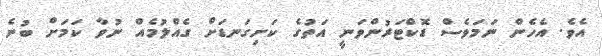
އެވެ. އެހެން ނަމަވެސް ޑޮކްޓަރުންވަނީ އަތުގެ ކަށިގަނޑަށް ގެއްލުމެއް ނުވާ ކަމަށް ބުނެ